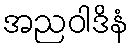
အညဝါဒိနံ